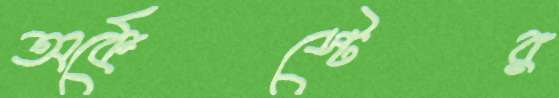
অর্কেস্টের